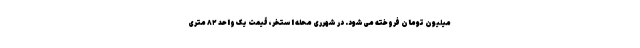
میلیون تومان فروخته می‌شود. در شهرری محله استخر، قیمت یک واحد ۸۲ متری